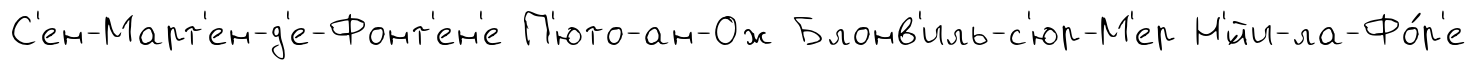
С'ен-Март'ен-д'е-Фонт'ен'е П'юто-ан-Ож Блонв'иль-с'юр-М'ер Н'́йи-ла-Фо́р'е